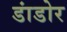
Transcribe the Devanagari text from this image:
डांडोर